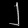
Digit: ၂